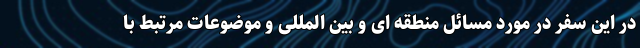
در این سفر در مورد مسائل منطقه ای و بین المللی و موضوعات مرتبط با